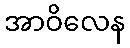
အာဝိလေန